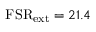
\mathrm { F S R } _ { \mathrm { e x t } } = 2 1 . 4